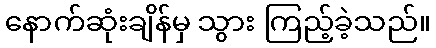
နောက်ဆုံးချိန်မှ သွား ကြည့်ခဲ့သည်။